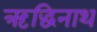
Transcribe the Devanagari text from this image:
ऋद्धिनाथ